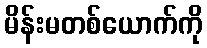
မိန်းမတစ်ယောက်ကို